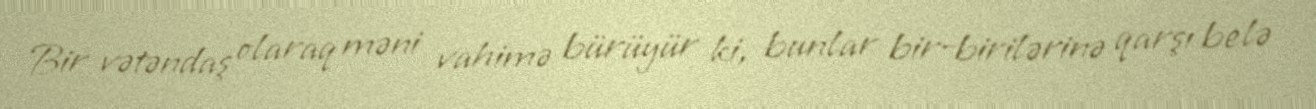
Bir vətəndaş olaraq məni vahimə bürüyür ki, bunlar bir-birilərinə qarşı belə